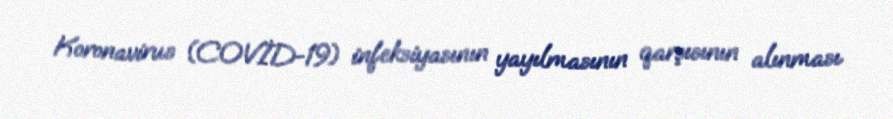
Koronavirus (COVİD-19) infeksiyasının yayılmasının qarşısının alınması